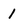
Character: l